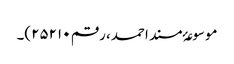
موسوعۂ مسند احمد، رقم ۲۵۲۱۰)۔